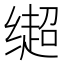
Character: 𬙄